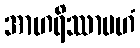
အာဟရိဿာမဟံ